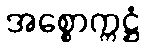
အစ္စောက္ကဋ္ဌံ